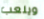
ويلعب